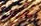
دمائنا